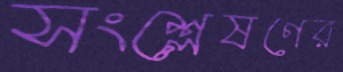
সংশ্লেষণের